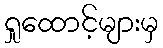
ရှုထောင့်များမှ